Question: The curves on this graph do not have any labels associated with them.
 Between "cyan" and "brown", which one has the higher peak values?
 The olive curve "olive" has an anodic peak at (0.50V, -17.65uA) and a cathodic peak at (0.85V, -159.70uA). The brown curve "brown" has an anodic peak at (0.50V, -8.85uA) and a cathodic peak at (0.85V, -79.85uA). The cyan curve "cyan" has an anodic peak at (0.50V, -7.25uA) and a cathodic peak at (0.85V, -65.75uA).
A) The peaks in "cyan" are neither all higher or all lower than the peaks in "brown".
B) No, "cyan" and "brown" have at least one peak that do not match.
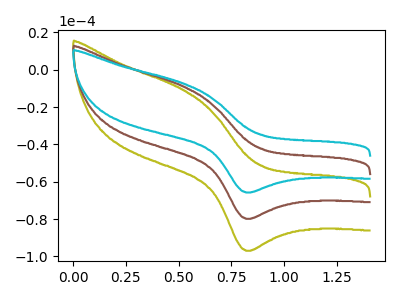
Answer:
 <answer>A) The peaks in "cyan" are neither all higher or all lower than the peaks in "brown".</answer>
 <eval>A</eval>